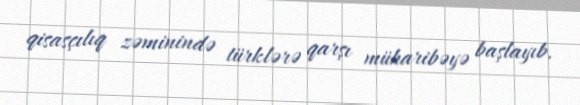
qisasçılıq zəminində türklərə qarşı müharibəyə başlayıb.